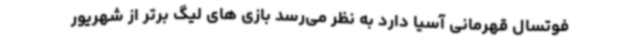
فوتسال قهرمانی آسیا دارد به نظر می‌رسد بازی های لیگ برتر از شهریور